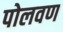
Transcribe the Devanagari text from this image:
पोलवण